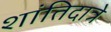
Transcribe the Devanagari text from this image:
शांतिदात्रे